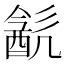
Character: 𨡳